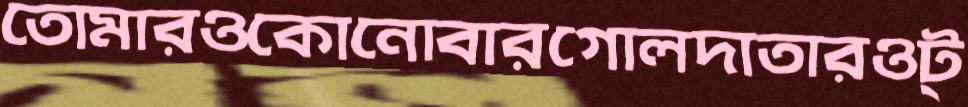
তোমারওকোনোবারগোলদাতারওট্